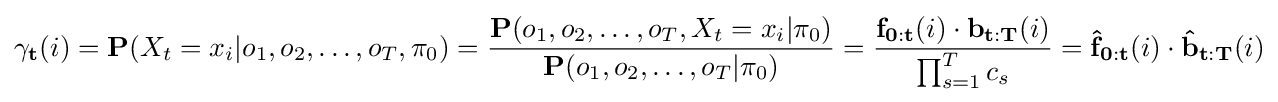
\mathbf {\gamma _{t}} (i)=\mathbf {P} (X_{t}=x_{i}|o_{1},o_{2},\dots ,o_{T},\mathbf {\pi } _{0})={\frac {\mathbf {P} (o_{1},o_{2},\dots ,o_{T},X_{t}=x_{i}|\mathbf {\pi } _{0})}{\mathbf {P} (o_{1},o_{2},\dots ,o_{T}|\mathbf {\pi } _{0})}}={\frac {\mathbf {f_{0:t}} (i)\cdot \mathbf {b_{t:T}} (i)}{\prod _{s=1}^{T}c_{s}}}=\mathbf {{\hat {f}}_{0:t}} (i)\cdot \mathbf {{\hat {b}}_{t:T}} (i)